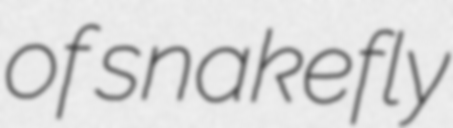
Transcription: of snakefly